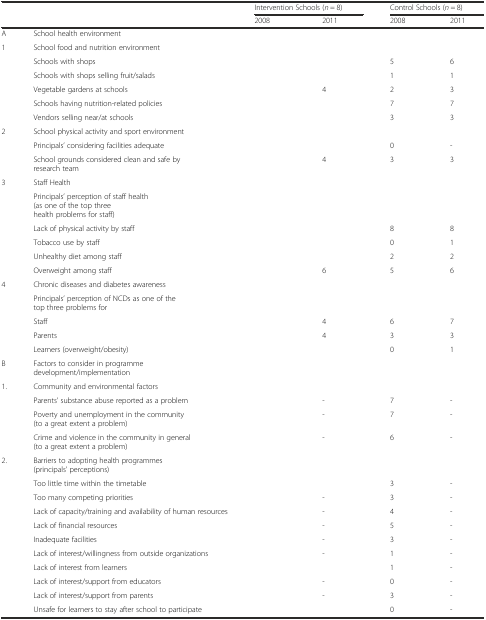
<table><thead><tr><td>[EMPTY_CELL]</td><td>[EMPTY_CELL]</td><td colspan="2"><b>Intervention Schools (<i>n</i> = 8)</b></td><td colspan="2"><b>Control Schools (<i>n</i> = 8)</b></td></tr><tr><td>[EMPTY_CELL]</td><td>[EMPTY_CELL]</td><td><b>2008</b></td><td><b>2011</b></td><td><b>2008</b></td><td><b>2011</b></td></tr></thead><tbody><tr><td>A</td><td>School health environment</td><td>[EMPTY_CELL]</td><td>[EMPTY_CELL]</td><td>[EMPTY_CELL]</td><td>[EMPTY_CELL]</td></tr><tr><td>1</td><td>School food and nutrition environment</td><td>[EMPTY_CELL]</td><td>[EMPTY_CELL]</td><td>[EMPTY_CELL]</td><td>[EMPTY_CELL]</td></tr><tr><td>[EMPTY_CELL]</td><td>Schools with shops</td><td>[EMPTY_CELL]</td><td>[EMPTY_CELL]</td><td>5</td><td>6</td></tr><tr><td>[EMPTY_CELL]</td><td>Schools with shops selling fruit/salads</td><td>[EMPTY_CELL]</td><td>[EMPTY_CELL]</td><td>1</td><td>1</td></tr><tr><td>[EMPTY_CELL]</td><td>Vegetable gardens at schools</td><td>[EMPTY_CELL]</td><td>4</td><td>2</td><td>3</td></tr><tr><td>[EMPTY_CELL]</td><td>Schools having nutrition-related policies</td><td>[EMPTY_CELL]</td><td>[EMPTY_CELL]</td><td>7</td><td>7</td></tr><tr><td>[EMPTY_CELL]</td><td>Vendors selling near/at schools</td><td>[EMPTY_CELL]</td><td>[EMPTY_CELL]</td><td>3</td><td>3</td></tr><tr><td>2</td><td>School physical activity and sport environment</td><td>[EMPTY_CELL]</td><td>[EMPTY_CELL]</td><td>[EMPTY_CELL]</td><td>[EMPTY_CELL]</td></tr><tr><td>[EMPTY_CELL]</td><td>Principals’ considering facilities adequate</td><td>[EMPTY_CELL]</td><td>[EMPTY_CELL]</td><td>0</td><td>-</td></tr><tr><td>[EMPTY_CELL]</td><td>School grounds considered clean and safe by research team</td><td>[EMPTY_CELL]</td><td>4</td><td>3</td><td>3</td></tr><tr><td>3</td><td>Staff Health</td><td>[EMPTY_CELL]</td><td>[EMPTY_CELL]</td><td>[EMPTY_CELL]</td><td>[EMPTY_CELL]</td></tr><tr><td>[EMPTY_CELL]</td><td>Principals’ perception of staff health (as one of the top three health problems for staff)</td><td>[EMPTY_CELL]</td><td>[EMPTY_CELL]</td><td>[EMPTY_CELL]</td><td>[EMPTY_CELL]</td></tr><tr><td>[EMPTY_CELL]</td><td>Lack of physical activity by staff</td><td>[EMPTY_CELL]</td><td>[EMPTY_CELL]</td><td>8</td><td>8</td></tr><tr><td>[EMPTY_CELL]</td><td>Tobacco use by staff</td><td>[EMPTY_CELL]</td><td>[EMPTY_CELL]</td><td>0</td><td>1</td></tr><tr><td>[EMPTY_CELL]</td><td>Unhealthy diet among staff</td><td>[EMPTY_CELL]</td><td>[EMPTY_CELL]</td><td>2</td><td>2</td></tr><tr><td>[EMPTY_CELL]</td><td>Overweight among staff</td><td>[EMPTY_CELL]</td><td>6</td><td>5</td><td>6</td></tr><tr><td>4</td><td>Chronic diseases and diabetes awareness</td><td>[EMPTY_CELL]</td><td>[EMPTY_CELL]</td><td>[EMPTY_CELL]</td><td>[EMPTY_CELL]</td></tr><tr><td>[EMPTY_CELL]</td><td>Principals’ perception of NCDs as one of the top three problems for</td><td>[EMPTY_CELL]</td><td>[EMPTY_CELL]</td><td>[EMPTY_CELL]</td><td>[EMPTY_CELL]</td></tr><tr><td>[EMPTY_CELL]</td><td>Staff</td><td>[EMPTY_CELL]</td><td>4</td><td>6</td><td>7</td></tr><tr><td>[EMPTY_CELL]</td><td>Parents</td><td>[EMPTY_CELL]</td><td>4</td><td>3</td><td>3</td></tr><tr><td>[EMPTY_CELL]</td><td>Learners (overweight/obesity)</td><td>[EMPTY_CELL]</td><td>[EMPTY_CELL]</td><td>0</td><td>1</td></tr><tr><td>B</td><td>Factors to consider in programme development/implementation</td><td>[EMPTY_CELL]</td><td>[EMPTY_CELL]</td><td>[EMPTY_CELL]</td><td>[EMPTY_CELL]</td></tr><tr><td>1.</td><td>Community and environmental factors</td><td>[EMPTY_CELL]</td><td>[EMPTY_CELL]</td><td>[EMPTY_CELL]</td><td>[EMPTY_CELL]</td></tr><tr><td>[EMPTY_CELL]</td><td>Parents’ substance abuse reported as a problem</td><td>[EMPTY_CELL]</td><td>-</td><td>7</td><td>-</td></tr><tr><td>[EMPTY_CELL]</td><td>Poverty and unemployment in the community (to a great extent a problem)</td><td>[EMPTY_CELL]</td><td>-</td><td>7</td><td>-</td></tr><tr><td>[EMPTY_CELL]</td><td>Crime and violence in the community in general (to a great extent a problem)</td><td>[EMPTY_CELL]</td><td>-</td><td>6</td><td>-</td></tr><tr><td>2.</td><td>Barriers to adopting health programmes (principals’ perceptions)</td><td>[EMPTY_CELL]</td><td>[EMPTY_CELL]</td><td>[EMPTY_CELL]</td><td>[EMPTY_CELL]</td></tr><tr><td>[EMPTY_CELL]</td><td>Too little time within the timetable</td><td>[EMPTY_CELL]</td><td>[EMPTY_CELL]</td><td>3</td><td>-</td></tr><tr><td>[EMPTY_CELL]</td><td>Too many competing priorities</td><td>[EMPTY_CELL]</td><td>-</td><td>3</td><td>-</td></tr><tr><td>[EMPTY_CELL]</td><td>Lack of capacity/training and availability of human resources</td><td>[EMPTY_CELL]</td><td>-</td><td>4</td><td>-</td></tr><tr><td>[EMPTY_CELL]</td><td>Lack of financial resources</td><td>[EMPTY_CELL]</td><td>-</td><td>5</td><td>-</td></tr><tr><td>[EMPTY_CELL]</td><td>Inadequate facilities</td><td>[EMPTY_CELL]</td><td>-</td><td>3</td><td>-</td></tr><tr><td>[EMPTY_CELL]</td><td>Lack of interest/willingness from outside organizations</td><td>[EMPTY_CELL]</td><td>-</td><td>1</td><td>-</td></tr><tr><td>[EMPTY_CELL]</td><td>Lack of interest from learners</td><td>[EMPTY_CELL]</td><td>[EMPTY_CELL]</td><td>1</td><td>-</td></tr><tr><td>[EMPTY_CELL]</td><td>Lack of interest/support from educators</td><td>[EMPTY_CELL]</td><td>-</td><td>0</td><td>-</td></tr><tr><td>[EMPTY_CELL]</td><td>Lack of interest/support from parents</td><td>[EMPTY_CELL]</td><td>-</td><td>3</td><td>-</td></tr><tr><td>[EMPTY_CELL]</td><td>Unsafe for learners to stay after school to participate</td><td>[EMPTY_CELL]</td><td>[EMPTY_CELL]</td><td>0</td><td>-</td></tr></tbody></table>